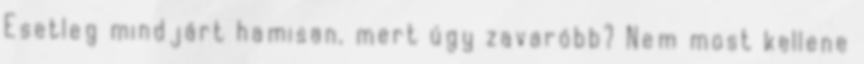
Esetleg mindjárt hamisan, mert úgy zavaróbb? Nem most kellene